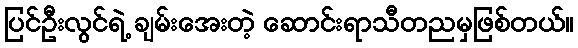
ပြင်ဦးလွင်ရဲ့ ချမ်းအေးတဲ့ ဆောင်းရာသီတညမှဖြစ်တယ်။